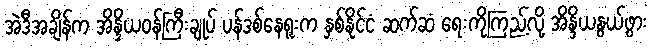
အဲဒီအချိန်က အိန္ဒိယဝန်ကြီးချုပ် ပန်ဒစ်နေရူးက နှစ်နိုင်ငံ ဆက်ဆံ ရေးကိုကြည့်လို့ အိန္ဒိယနွယ်ဖွား